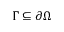
\Gamma \subseteq \partial \Omega